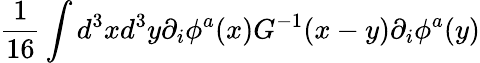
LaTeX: {\frac{1}{16}}\int d^{3}xd^{3}y\partial_{i}\phi^{a}(x)G^{-1}(x-y)\partial_{i}\phi^{a}(y)